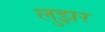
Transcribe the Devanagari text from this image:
लुझर